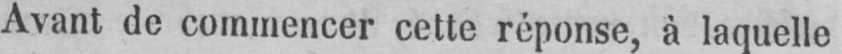
Avant de commencer cette réponse, à laquelle